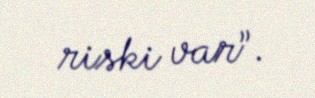
riski var”.